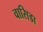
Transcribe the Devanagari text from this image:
वासिडा